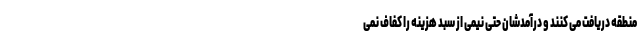
منطقه دریافت می کنند و درآمدشان حتی نیمی از سبد هزینه را کفاف نمی